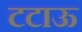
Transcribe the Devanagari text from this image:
टटाऊ